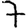
Digit: 7